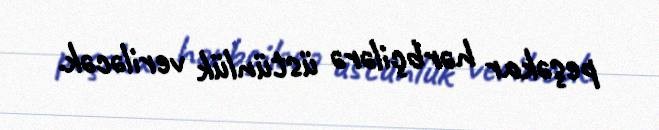
peşəkar hərbçilərə üstünlük veriləcək.